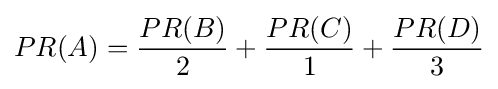
PR(A)={\frac {PR(B)}{2}}+{\frac {PR(C)}{1}}+{\frac {PR(D)}{3}}